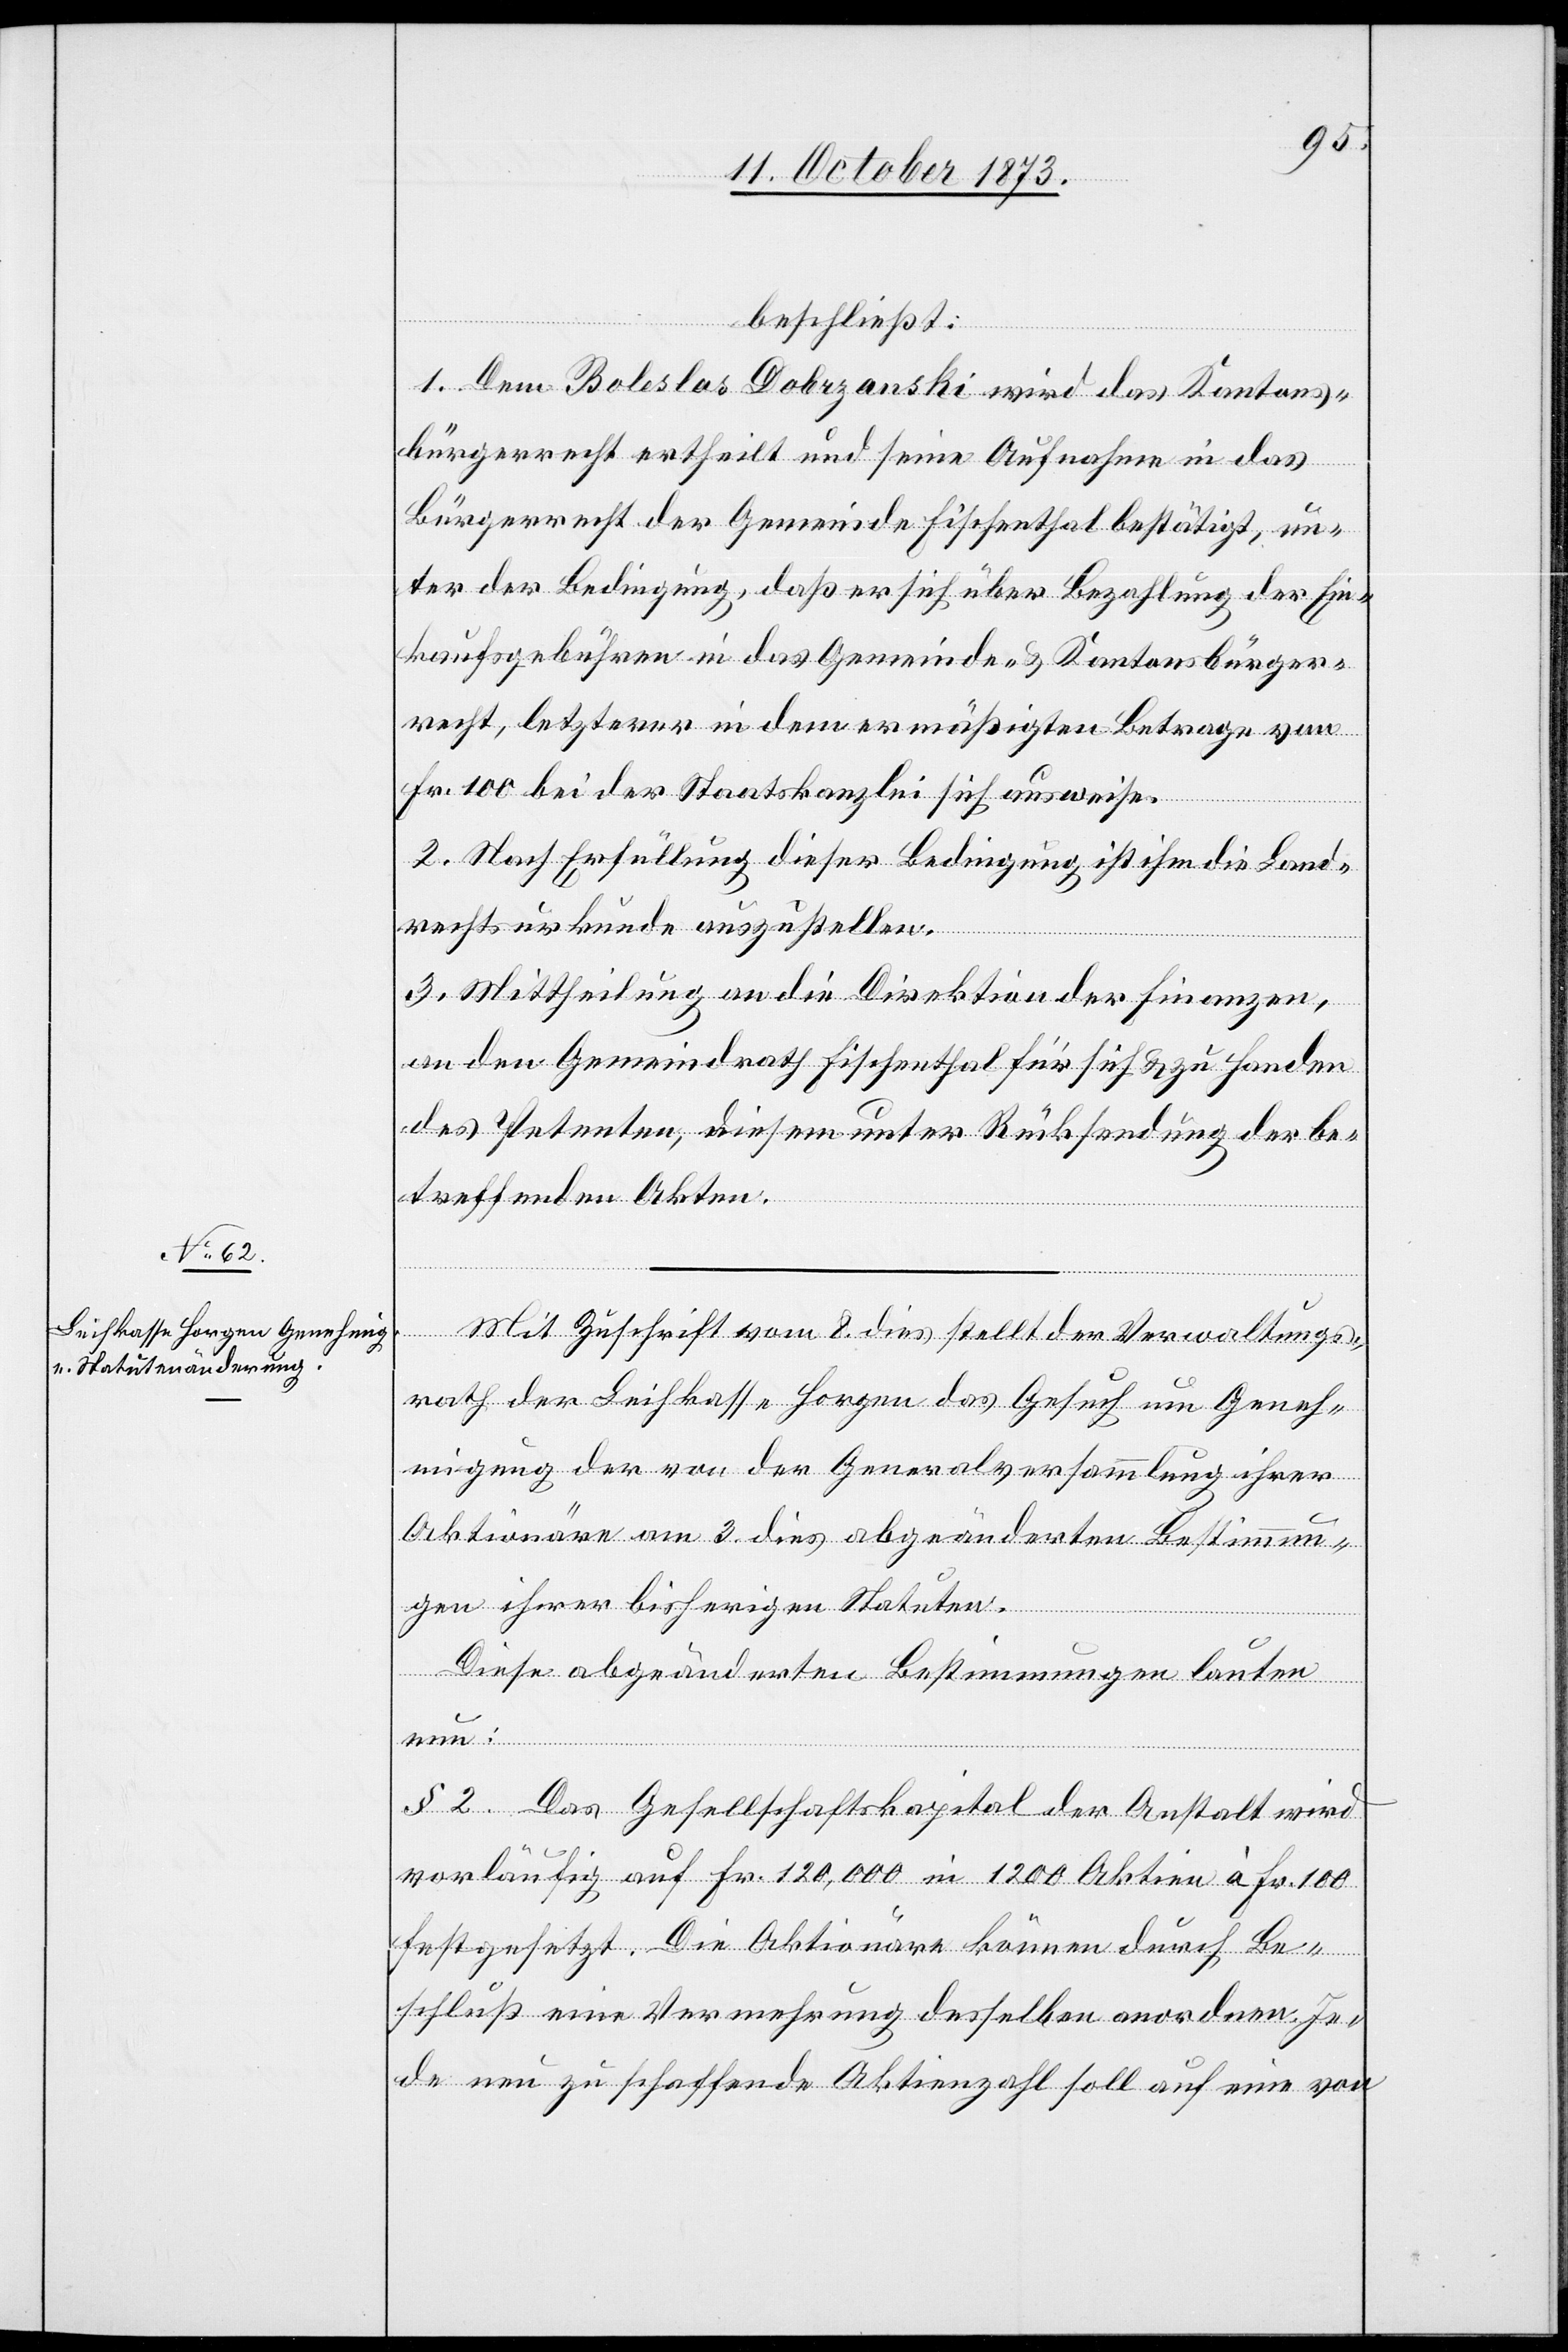
beschließt:
1. Dem Boleslas Dobrzanski wird das Kantons¬
bürgerrecht ertheilt und seine Aufnahme in das
Bürgerrecht der Gemeinde Fischenthal bestätigt, un¬
ter der Bedingung, daß er sich über Bezahlung der Ein¬
kaufsgebühren in das Gemeinde- & Kantonsbürger¬
recht, letzterer in dem ermäßigten Betrage von
Fr. 100 bei der Staatskanzlei sich ausweise.
2. Nach Erfüllung dieser Bedingung ist ihm die Land¬
rechtsurkunde auszustellen.
3. Mittheilung an die Direktion der Finanzen,
an den Gemeindrath Fischenthal für sich & zu Handen
des Petenten, diesem unter Rücksendung der be¬
treffenden Akten.
Mit Zuschrift vom 8. dies stellt der Verwaltungs¬
rath der Leihkasse Horgen das Gesuch um Geneh¬
migung der von der Generalversammlung ihrer
Aktionäre am 3. dies abgeänderten Bestimmun¬
gen ihrer bisherigen Statuten.
Diese abgeänderten Bestimmungen lauten
nun:
§ 2. Das Gesellschaftskapital der Anstalt wird
vorläufig auf Fr. 120,000 in 1 200 Aktien à Fr. 100
festgesetzt. Die Aktionäre können durch Be¬
schluß eine Vermehrung desselben anordnen. Je¬
de neu zu schaffende Aktienzahl soll auf eine von